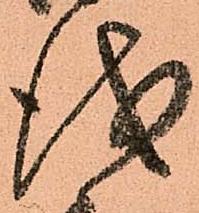
儀